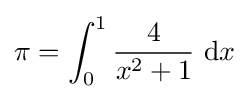
\pi =\int _{0}^{1}{\frac {4}{x^{2}+1}}\ \mathrm {d} x